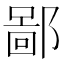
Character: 鄙